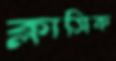
ক্লাসিক